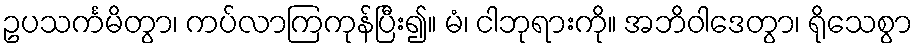
ဥပသင်္ကမိတွာ၊ ကပ်လာကြကုန်ပြီး၍။ မံ၊ ငါဘုရားကို။ အဘိဝါဒေတွာ၊ ရိုသေစွာ